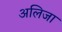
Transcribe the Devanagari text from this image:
अलिजा